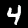
Digit: 4